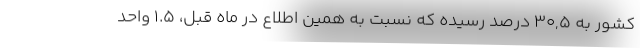
کشور به ٣٠,٥ درصد رسیده که نسبت به همین اطلاع در ماه قبل، ١.٥ واحد